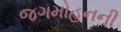
જગમોહનની